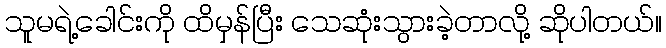
သူမရဲ့ခေါင်းကို ထိမှန်ပြီး သေဆုံးသွားခဲ့တာလို့ ဆိုပါတယ်။